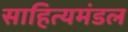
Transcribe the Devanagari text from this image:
साहित्यमंडल